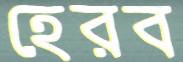
হেরব